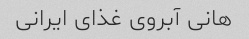
هانی آبروی غذای ایرانی